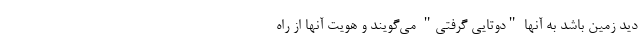
دید زمین باشد به آنها "دوتایی گرفتی" می‌گویند و هویت آنها از راه